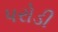
પરોડી